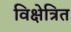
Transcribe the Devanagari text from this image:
विक्षेत्रित